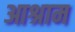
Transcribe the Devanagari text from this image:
आश्राम